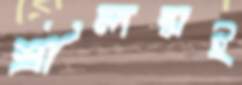
শ্রীলঙ্কাই